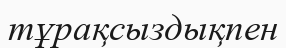
тұрақсыздықпен